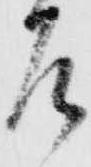
左